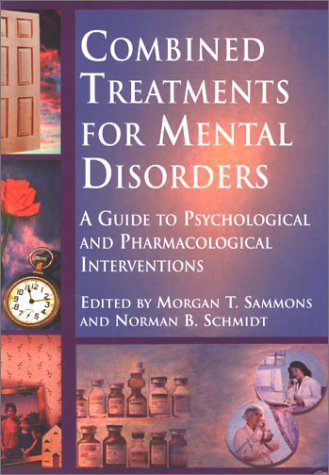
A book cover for Combined Treatments for Mental Disorders: A Guide to Psychological and Pharmacological Interventions; American Psychological Association; Medical Books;